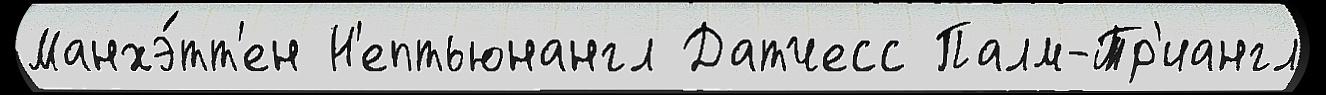
Манхэ́тт'ен Н'ептьюнангл Датчесс Палм-Тр'иангл